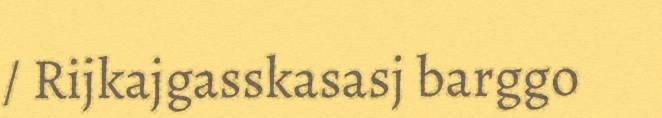
/ Rijkajgasskasasj barggo